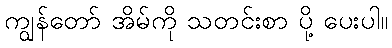
ကျွန်တော် အိမ်ကို သတင်းစာ ပို့ ပေးပါ။